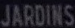
JARDINS